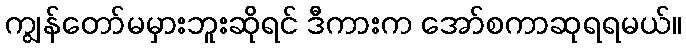
ကျွန်တော်မမှားဘူးဆိုရင် ဒီကားက အော်စကာဆုရရမယ်။